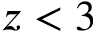
z < 3